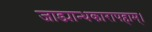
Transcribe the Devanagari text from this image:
जाड्यान्धकारापहाम्‌।